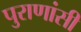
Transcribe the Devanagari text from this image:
पुराणांसी